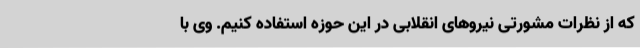
که از نظرات مشورتی نیروهای انقلابی در این حوزه استفاده کنیم. وی با